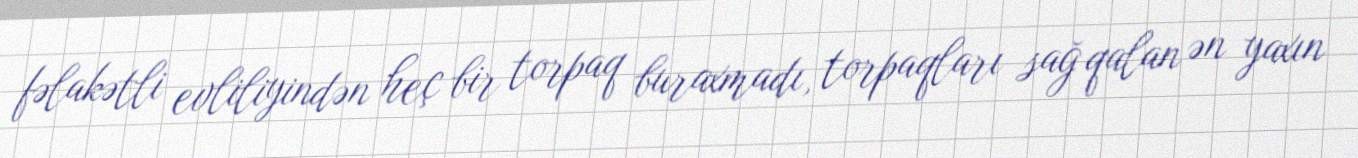
fəlakətli evliliyindən heç bir torpaq buraxmadı, torpaqları sağ qalan ən yaxın